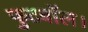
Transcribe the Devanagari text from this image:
फुटबॉल।